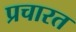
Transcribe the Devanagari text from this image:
प्रचारत